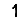
Digit: 1